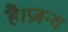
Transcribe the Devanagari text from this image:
है।प्रबन्ध